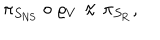
\pi _ { S _ { \mathrm { N S } } } \circ \varrho _ { V } \approx \pi _ { S _ { \mathrm { R } } } ,